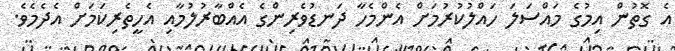
އެ ގޮތުން އިމުގެ މައްސަލަ ހައްލުކުރުމަށް އެންމެހާ ދަނޑުވެރިންގެ އެއްބާރުލުމާއި އެހީތެރިކަމަށް އެދެމެވެ.